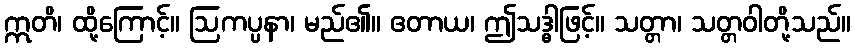
ဣတိ၊ ထို့ကြောင့်။ ဩကပ္ပနာ၊ မည်၏။ ဧတာယ၊ ဤသဒ္ဓါဖြင့်။ သတ္တာ၊ သတ္တဝါတို့သည်။